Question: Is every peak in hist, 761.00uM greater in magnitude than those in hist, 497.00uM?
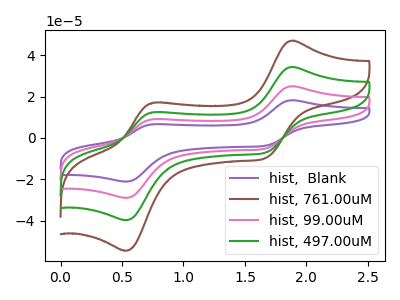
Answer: <think>The purple curve "hist,  Blank" has anodic peaks at (1.90V, 102.80uA) (0.75V, 37.30uA) and cathodic peaks at (1.65V, -21.15uA) (0.55V, -119.30uA). The brown curve "hist, 761.00uM" has anodic peaks at (1.90V, 47.00uA) (0.75V, 17.05uA) and cathodic peaks at (1.65V, -9.65uA) (0.55V, -54.55uA). The pink curve "hist, 99.00uM" has anodic peaks at (1.90V, 68.55uA) (0.75V, 24.85uA) and cathodic peaks at (1.65V, -14.10uA) (0.55V, -79.50uA). The green curve "hist, 497.00uM" has anodic peaks at (1.90V, 34.25uA) (0.75V, 12.45uA) and cathodic peaks at (1.65V, -7.05uA) (0.55V, -39.75uA).</think>
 <answer>Every peak in "hist, 761.00uM" is higher than every peak in "hist, 497.00uM".</answer>
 <eval>higher</eval>